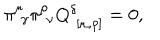
LaTeX: \pi _ { \, \, \gamma } ^ { \mu } \pi _ { \, \, \nu } ^ { \rho } Q _ { \, \, [ \mu , \rho ] } ^ { \delta } = 0 ,